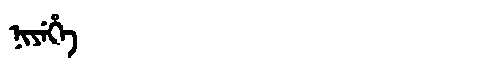
Manchu: ᠨᡳᠶᡝᡥᡝ
Romanization: NIYEHE